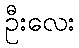
ဦးလေး